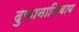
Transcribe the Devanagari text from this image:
दुकानाशिवाय